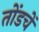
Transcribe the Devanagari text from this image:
तोंडचें